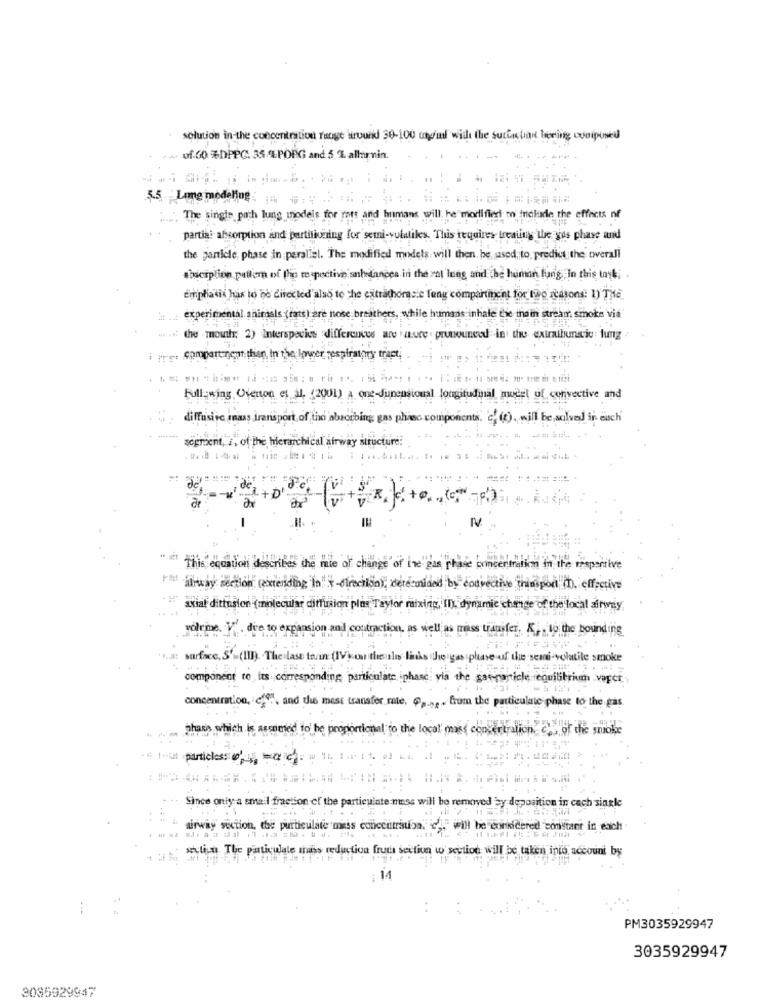
solution in the concentration mange around 30-100 mg/ml with the suciachart bering corpused
- 0f.00 %DPPG. 35.4.POIG and 5 % alhurnin.
5.5 Long modeling
The single path lung models for yons and h
amans will; he modlifirst mo triolude the effects of
partial absorption and partitioning for semi-volatiles. This requires treating the gos phave aund
the particle, phase in perallel. The modified models will then be used to predict the overall
Chaciplion.pullera of the respective sabedances in the zol lung and the human fung. In this toyk; .
emphasis has to be directed'also to the extrathomasie feng compartiment for two reasons: 1) THE
:: . experimental animals (rats) are nose breathers, while humans inhale the inain stream smoke via
the mouth; 2) Interspecies differences are taure . pronounced in three extraitmatic : fung
i pre: compartment thien, In the lower, respiratory tract,
in im ot
Full- wing, Ofenton et al. (200
oual longitudinal mucet of convective and
diffusiic mnass transport of the absorbing gas phase components. c' (t). will be solved in euch
segment, i, of the hierarchical afrway structure!
This, equation describes the mie of change' of ine"gas phase concentratim in the respective
ilway section (extending in -direction), derecmited by convective hinsport , effective
axial dittusion (molecular diffusion plus Taylor mixing, Il), dynamic change of the local airway
volume V
Ive to
ansion an l contracti
as mass transfer, K .- to the bounding
surface, S'-(III). The
last taan (IV) on thesales links the gas phase of the semai-volatile smoke
component t
, its corresponding particulate, iphase: via the gas-ronicle equilibrium -varet
concentration,
9 ., and the mest transfer rate, $p .,,. from the particulate phase to the gas
unimed to' he prop
ional to the local' mass conter iralion.
of the smoke
- 1 1-il -particles: 4p'
Since only a smail fraction of the particulate:
ill be removed by deposition in cach single
airway section, the purtieulate mess conecttrauba.
"will be eorkidered constant in each-
section The particulate mais reduction fruta section w section will be taken into account by
: 14
PM3035929947
3035929947
3085929947